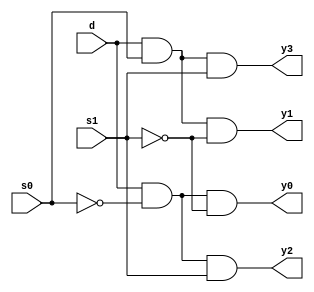
// Code your design here
module demux_1_to_4(

    input d,
    input s0,
    input s1,
    output y0,
    output y1,
    output y2,
    output y3
    );
not(s1n,s1),(s0n,s0);
and(y0,d,s0n,s1n),(y1,d,s0,s1n),(y2,d,s0n,s1),(y3,d,s0,s1);
endmodule